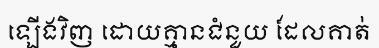
ឡើងវិញ ដោយគ្មានជំនួយ ដែលគាត់